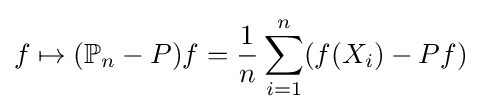
f\mapsto (\mathbb {P} _{n}-P)f={\dfrac {1}{n}}\sum _{i=1}^{n}(f(X_{i})-Pf)